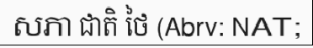
សភា ជាតិ ថៃ (Abrv: NAT;